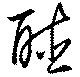
聴